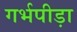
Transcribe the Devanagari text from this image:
गर्भपीड़ा